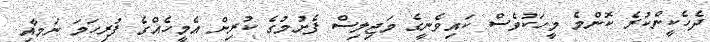
ދެހެކީންކުރެ ކޮންމެ މީހަކުވެސް ކައިވެނީގެ މަޖިލިސް ފެށުމުގެ ކުރިން އެމީހެއްގެ ފުރިހަމަ ނަމާއި